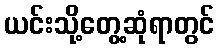
ယင်းသို့တွေ့ဆုံရာတွင်